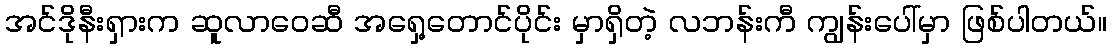
အင်ဒိုနီးရှားက ဆူလာဝေဆီ အရှေ့တောင်ပိုင်း မှာရှိတဲ့ လဘန်းကီ ကျွန်းပေါ်မှာ ဖြစ်ပါတယ်။